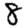
Digit: 8